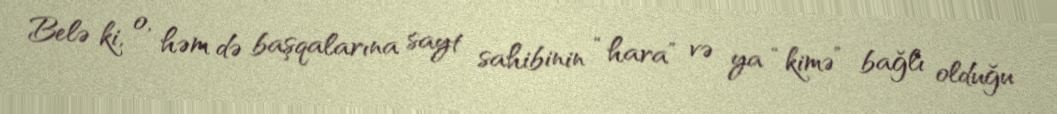
Belə ki, o, həm də başqalarına sayt sahibinin “hara” və ya “kimə” bağlı olduğu